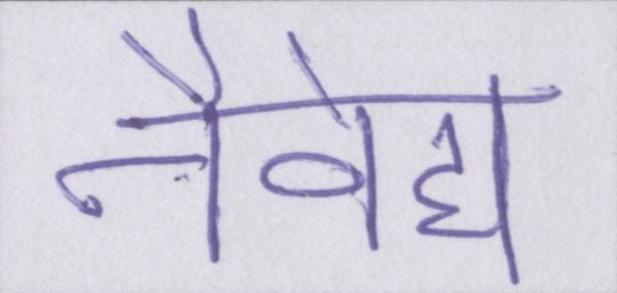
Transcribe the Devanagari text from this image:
नैवेद्य